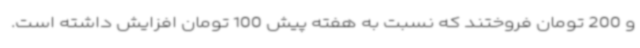
و 200 تومان فروختند که نسبت به هفته پیش 100 تومان افزایش داشته است.